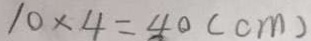
1 0 \times 4 = 4 0 ( c m )